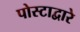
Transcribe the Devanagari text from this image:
पोस्टाद्वारे